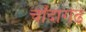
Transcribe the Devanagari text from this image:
चाँदागढ